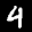
Label: 4